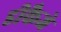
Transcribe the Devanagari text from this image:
डीकैजे